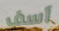
آسف